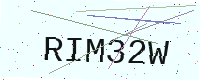
Text: RIM32W